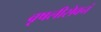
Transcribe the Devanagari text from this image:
वृषलीसेवनं